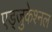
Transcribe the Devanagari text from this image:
एड्जुकेश्नल